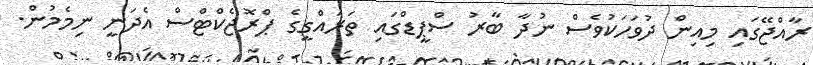
ރާއްޖޭގައި މިއިން ދުވަހަކުވެސް ނުދާ ބާރު ސްޕީޑްގައި ތަރައްގީގެ ޕްރޮޖެކްޓްސް އެދަނީ ނިމެމުން.